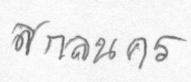
สกลนคร